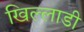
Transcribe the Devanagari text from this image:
खिल्लाडी